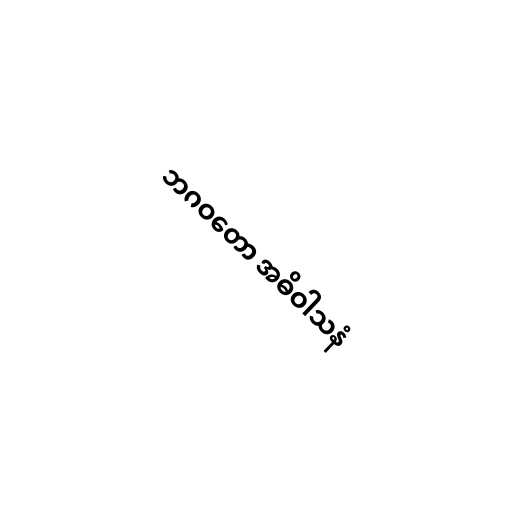
ဘဂဝတော အဓိဝါသနံ